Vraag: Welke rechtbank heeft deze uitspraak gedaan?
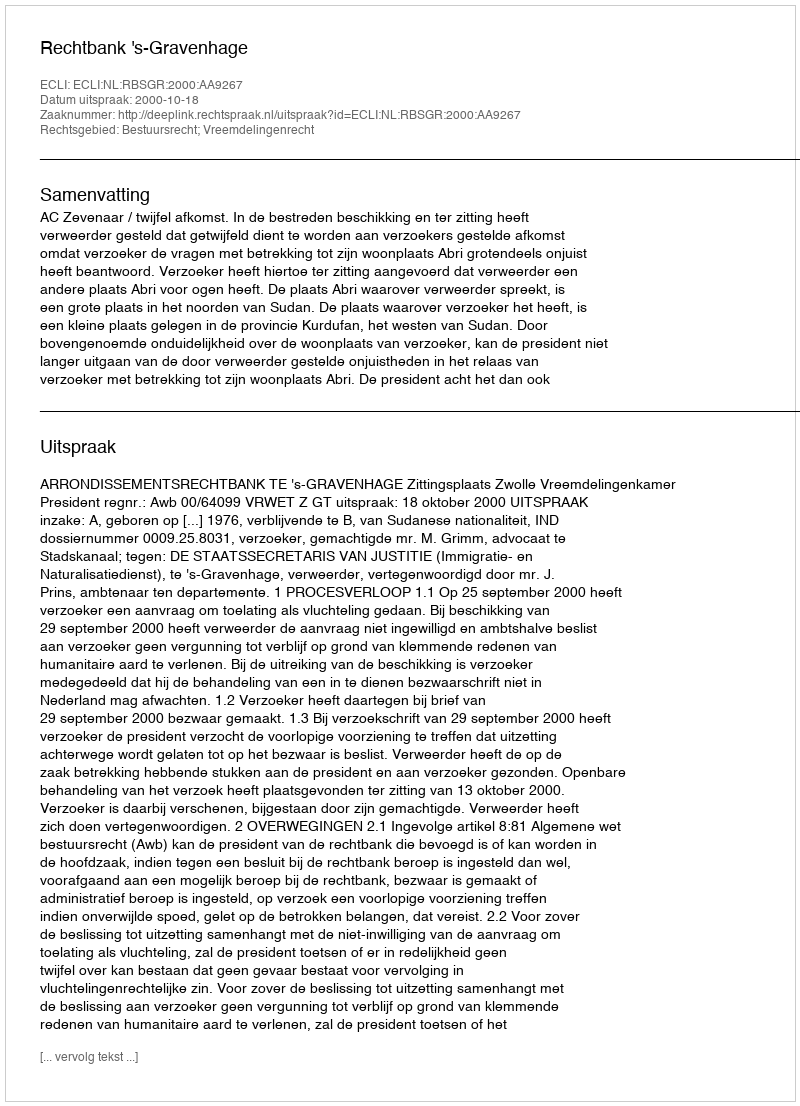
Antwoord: Rechtbank 's-Gravenhage